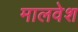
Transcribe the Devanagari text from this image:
मालवेश